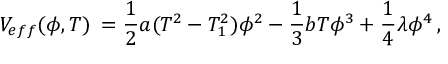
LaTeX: V _ { e f f } ( \phi , T ) \: = \frac { 1 } { 2 } a ( T ^ { 2 } - T _ { 1 } ^ { 2 } ) \phi ^ { 2 } - \frac { 1 } { 3 } b T \phi ^ { 3 } + \frac { 1 } { 4 } \lambda \phi ^ { 4 } \: ,